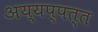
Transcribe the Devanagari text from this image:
अय्यप्पत्त